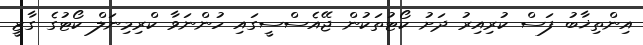
އިންތިޚާބު ފަސް ކުރިއިރު ދަށު ކޯޓުތަކުން ޖޭއެސްސީގައި ހުންނަވާ ކްރިމިނަލް ކޯޓުގެ ގާޒީ